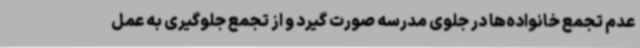
عدم تجمع خانواده‌ها در جلوی مدرسه صورت گیرد و از تجمع جلوگیری به عمل